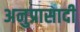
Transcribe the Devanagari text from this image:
अनुप्रासादी